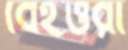
বেহত্তরী